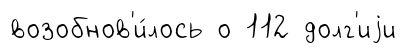
возобнов'и́лось о 112 долг'иjи